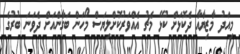
މިއަދު މާޒިޔާއާ ދެކޮޅަށް ކުޅޭ މެޗު އެއްވަރުކޮށްލިޔަސް މޯހަން ބަގާންއަށް ދެވަނަ ބުރުގެ